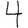
Digit: 4